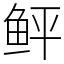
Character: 鲆